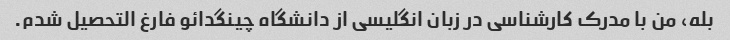
بله، من با مدرک کارشناسی در زبان انگلیسی از دانشگاه چینگدائو فارغ التحصیل شدم.